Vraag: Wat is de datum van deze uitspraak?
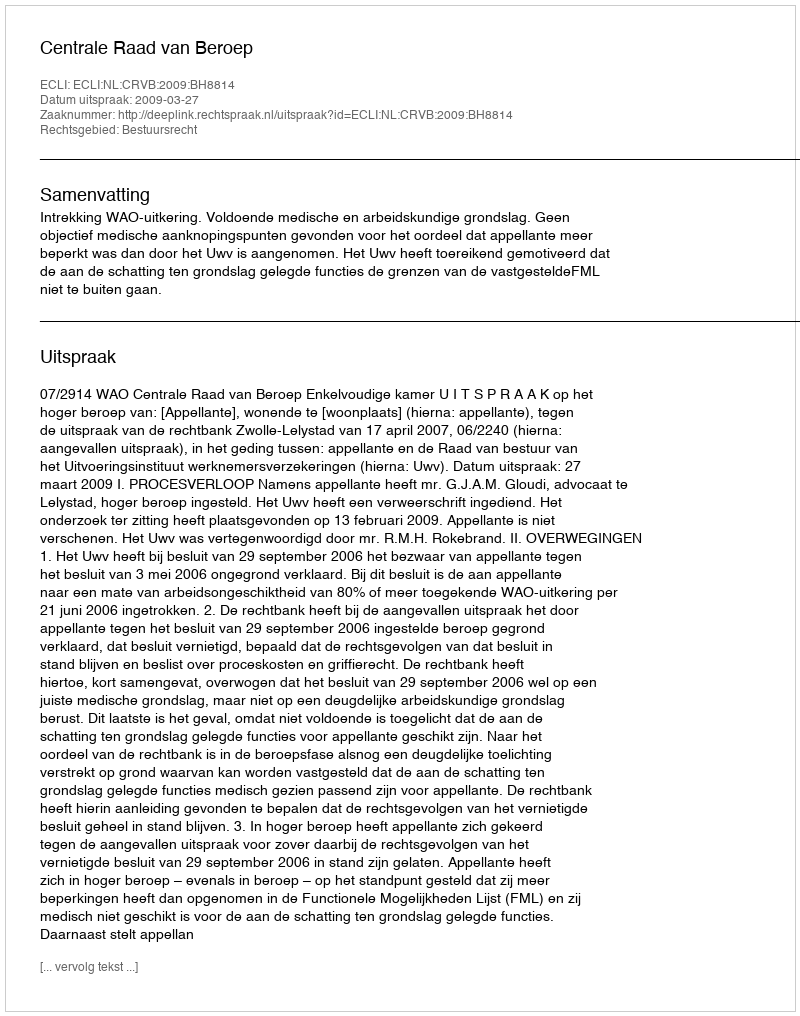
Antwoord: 2009-03-27